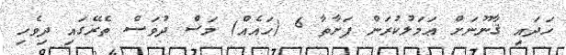
ހަދައި ޤާނޫނަށް ޢަމަލުކުރަން ފަށާތާ 6 (ހައެއް) މަސް ދުވަސް ތެރޭގައި ދިވެހި